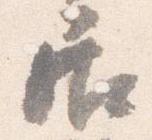
居